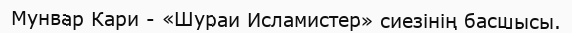
Мунвар Кари - «Шураи Исламистер» сиезінің басшысы.